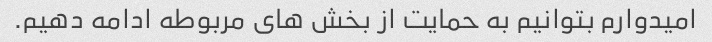
امیدوارم بتوانیم به حمایت از بخش های مربوطه ادامه دهیم.